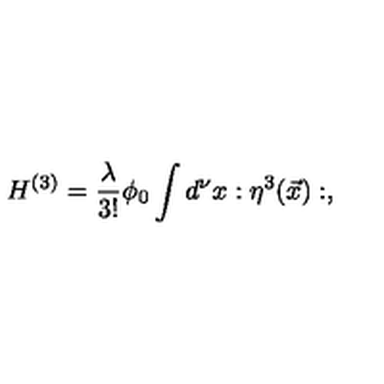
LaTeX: H ^ { ( 3 ) } = { \frac { \lambda } { 3 ! } } \phi _ { 0 } \int d ^ { \nu } x : { \eta } ^ { 3 } ( \vec { x } ) : ,